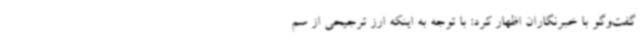
گفت‌وگو با خبرنگاران اظهار کرد: با توجه به اینکه ارز ترجیحی از سم